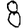
Digit: 8